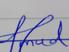
Signature authenticity: forged